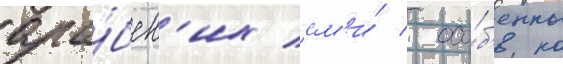
ара́бск'их см'и́ / осо́б'енно